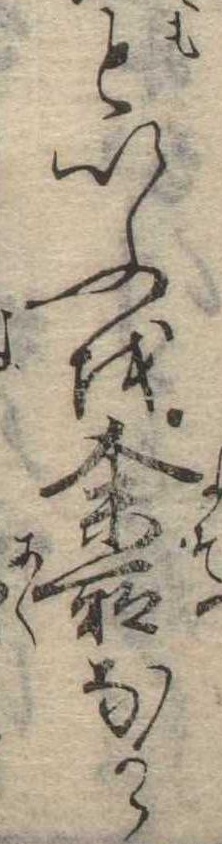
といふを余所なから